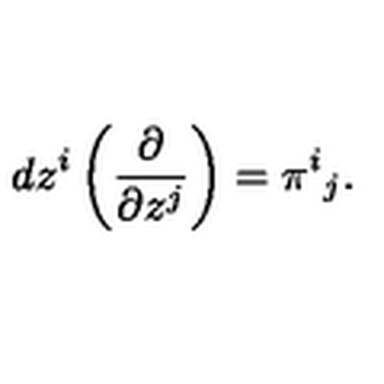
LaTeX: d z ^ { i } \left( \frac { \partial } { \partial z ^ { j } } \right) = \pi ^ { i } { } _ { j } .